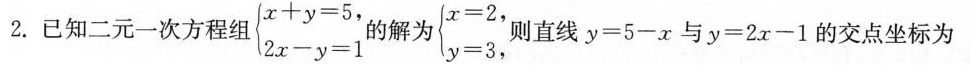
2. 已知二元一次方程组$$\begin { cases} x + y = 5，\\